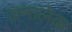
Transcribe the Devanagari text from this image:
ज़मालेक